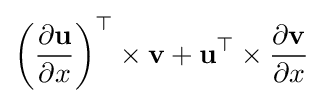
\left({\frac {\partial \mathbf {u} }{\partial x}}\right)^{\top }\times \mathbf {v} +\mathbf {u} ^{\top }\times {\frac {\partial \mathbf {v} }{\partial x}}